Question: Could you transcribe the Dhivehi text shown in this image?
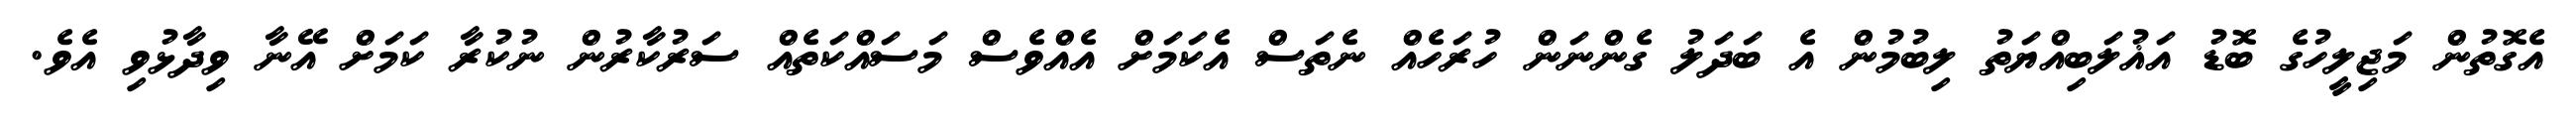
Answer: އެގޮތުން މަޖިލީހުގެ ބޮޑު އަޣުލަބިއްޔަތު ލިބުމުން އެ ބަދަލު ގެންނަން ހުރަހެއް ނެތަސް އެކަމަށް އެއްވެސް މަސައްކަތެއް ސަރުކާރުން ނުކުރާ ކަމަށް އޭނާ ވިދާޅުވި އެވެ.